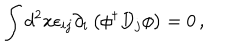
LaTeX: \int d ^ { 2 } x \epsilon _ { i j } \partial _ { i } \left( \phi ^ { \dagger } D _ { j } \phi \right) = 0 \, ,